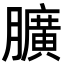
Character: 𦢎